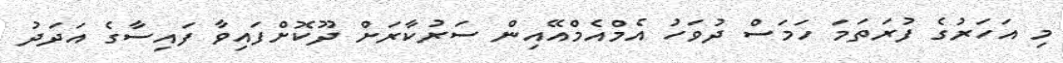
މި އަހަރުގެ ފުރަތަމަ ހަމަސް ދުވަހު އެމްއެމްއޭއިން ސަރުކާރަށް ދޫކޮށްފައިވާ ފައިސާގެ އަދަދު